Eesti_Ajutine_Maanoukogu, lk 10
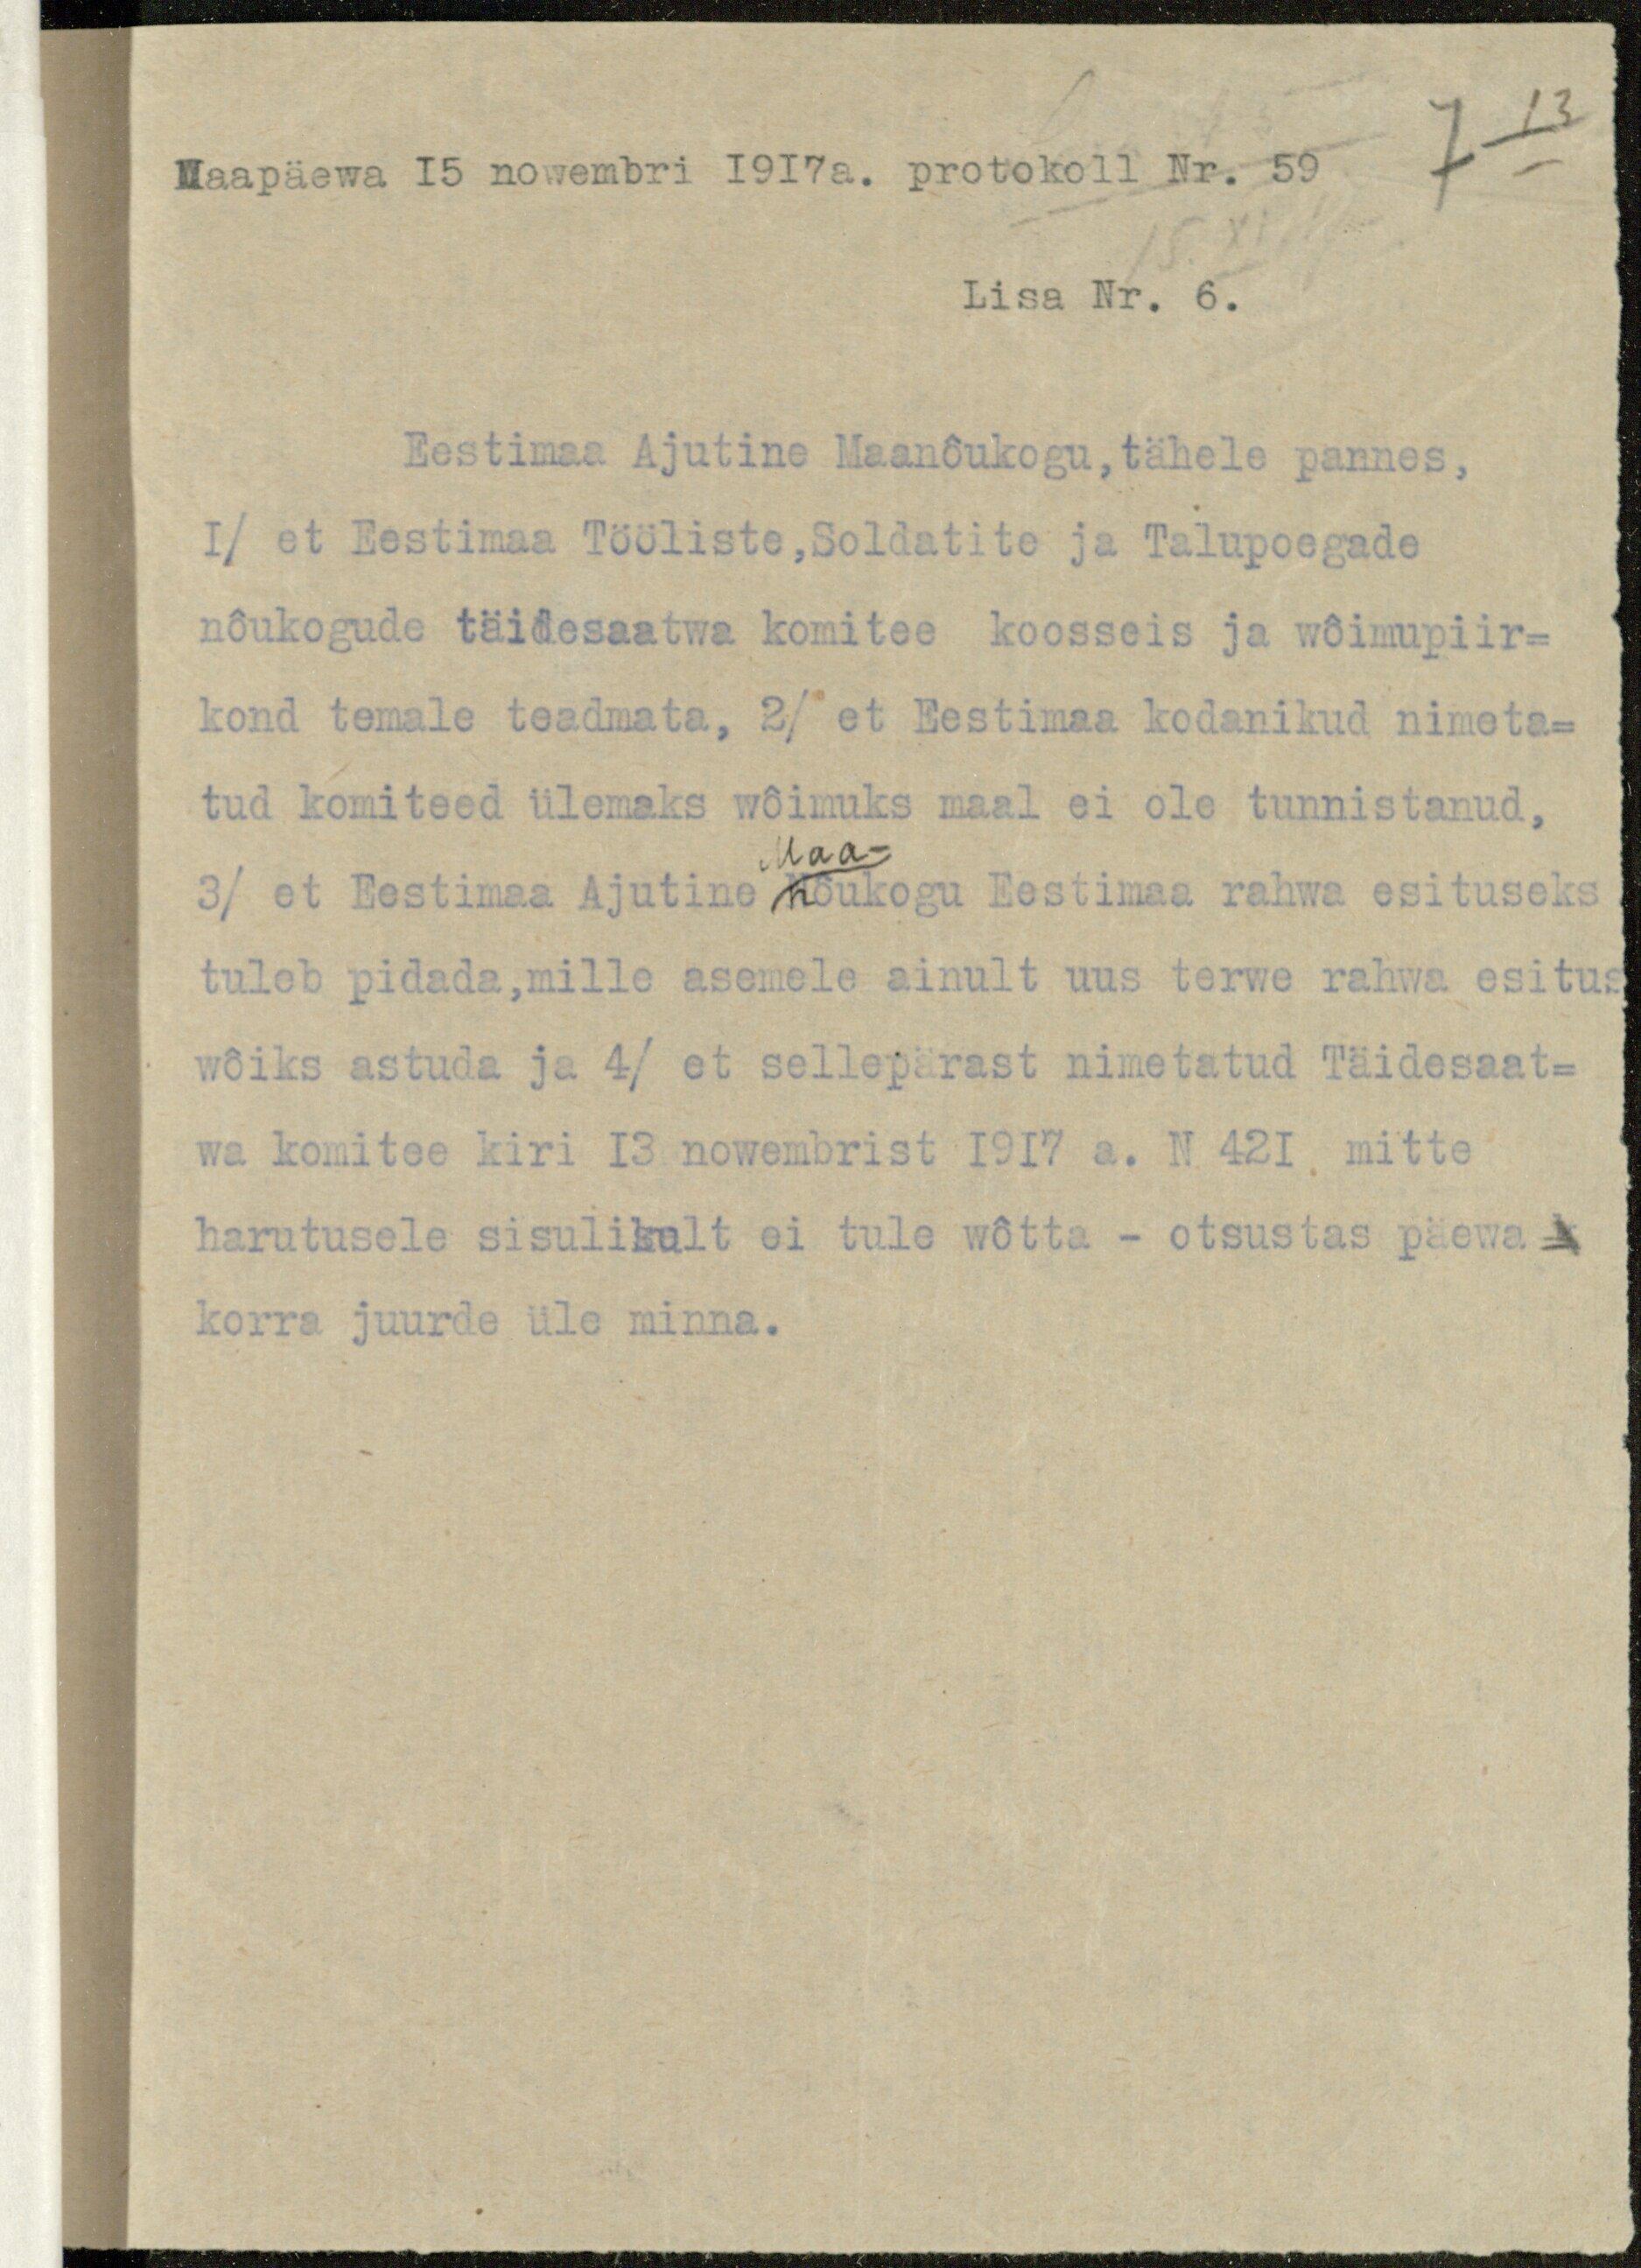
Maapäewa 15 nowembri 1917 a. prokokoll Nr. 59
Lisa Nr. 6.
Eestimaa Ajutine Maanõukogu, tähele pannes,
1/ et Eestimaa Tööliste, Soldatite ja Talupoegade
nõukogude täidesaatwa komitee koosseis ja wõimupiir-
kond temale teadmata, 2/ et Eestimaa kodanikud nimeta-
tud komiteed ülemaks wõimuks maal ei ole tunnistanud,
Maa-
3/ et Eestimaa Ajutine nõukogu Eestimaa rahwa esituseks
tuleb pidada, mille asemele ainult uus terwe rahwa esitus
wõiks astuda ja 4/ et sellepärast nimetatud Täidesaat-
wa komitee kiri 13 nowembrist 1917 a. N 421 mitte
harutusele sisulikult ei tule wõtta - otsustas päewa-
korra juurde üle minna.